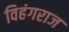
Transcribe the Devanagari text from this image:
विहंगराज